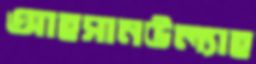
আহসানউল্যাহ